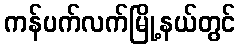
ကန်ပက်လက်မြို့နယ်တွင်